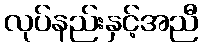
လုပ်နည်းနှင့်အညီ